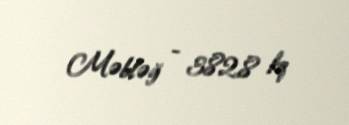
Məbləğ - 382,8 kq